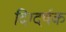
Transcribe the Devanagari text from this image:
दिग्दर्षक